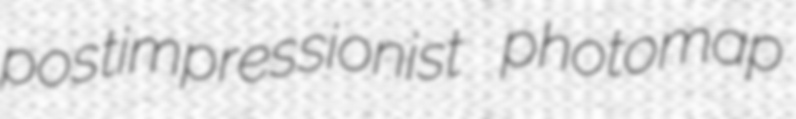
postimpressionist photomap